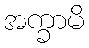
အက္ခာမိ